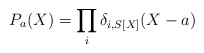
\begin{align*}P_a(X) = \prod_i \delta_{i, S[X]}(X - a)\end{align*}